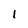
Character: 1